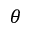
\theta